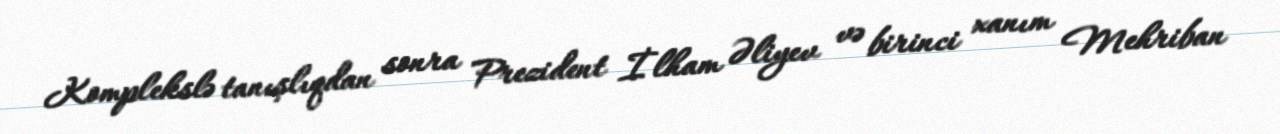
Komplekslə tanışlıqdan sonra Prezident İlham Əliyev və birinci xanım Mehriban